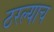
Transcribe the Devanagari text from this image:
ठरल्याच